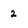
Character: 2